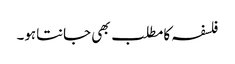
فلسفہ کامطلب بھی جانتاہو۔